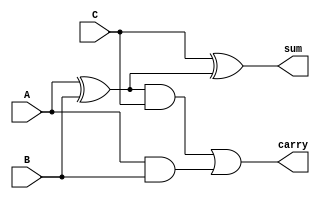
module fpga_adder_1bit(
    input A,
    input B,
    input C,
    output sum,carry
);

wire net1,net2,net3;

xor(net1, A, B);
and(net2, A, B);
xor(sum, C, net1);
and(net3, net1, C);
or(carry, net3, net2);

endmodule